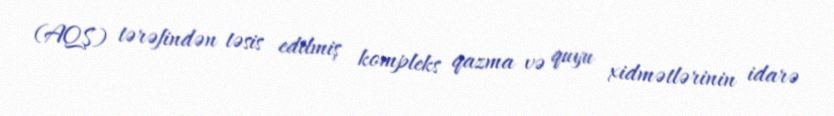
(AQŞ) tərəfindən təsis edilmiş kompleks qazma və quyu xidmətlərinin idarə